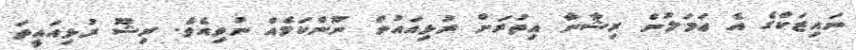
ނައިޒަކްގެ އެ ޢަމަލުން ރިޝާނާ އިތުރަށް ރުޅިއައުން ނޫންކަމެއް ނުވިއެވެ. ރިޝޫ ރުޅިއައީތަ